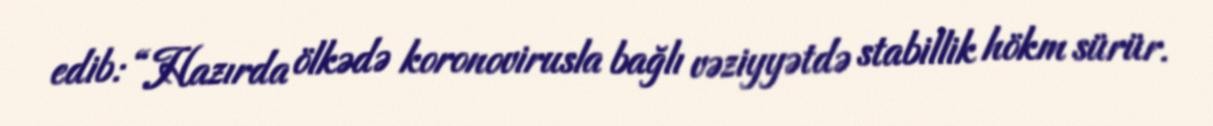
edib: “Hazırda ölkədə koronovirusla bağlı vəziyyətdə stabillik hökm sürür.